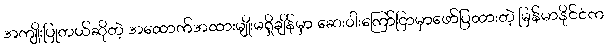
အကျိုးပြုတယ်ဆိုတဲ့ အထောက်အထားမျိုးမရှိချိန်မှာ ဆေးဝါးကြော်ငြာမှာဖော်ပြထားတဲ့ မြန်မာနိုင်ငံက